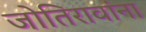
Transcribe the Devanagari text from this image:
जोतिरावांना